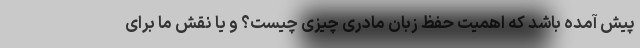
پیش آمده باشد که اهمیت حفظ زبان مادری چیزی چیست؟ و یا نقش ما برای